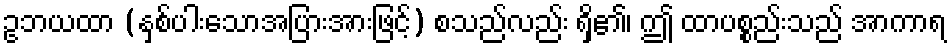
ဥဘယထာ (နှစ်ပါးသောအပြားအားဖြင့်) စသည်လည်း ရှိ၏၊ ဤ ထာပစ္စည်းသည် အာကာရ